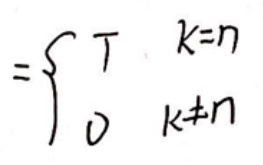
\[
=
\begin{cases}
T & k = n \\
0 & k\neq n
\end{cases}
\]